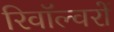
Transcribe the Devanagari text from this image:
रिवॉल्वरों